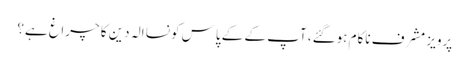
پرویز مشرف ناکام ہوگئے، آپ کے کے پاس کونسا الہ دین کا چراغ ہے؟